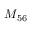
M _ { 5 6 }